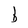
Character: b